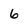
Character: 6